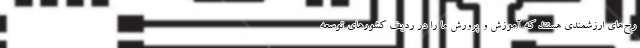
رح‌های ارزشمندی هستند که آموزش و پرورش ما را در ردیف کشورهای توسعه